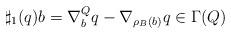
LaTeX: \begin{align*}\sharp_1(q)b = \nabla_b^Q q - \nabla_{\rho_B(b)}q\in\Gamma(Q)\end{align*}